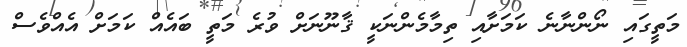
މަތީގައި ނޯންނާނެ ކަމަށާއި ތިމާމެންނަކީ ޤާނޫނަށް ވުރެ މަތީ ބައެއް ކަމަށް އެއްވެސް